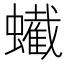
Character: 蠘